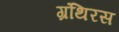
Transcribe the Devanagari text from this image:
ग्रंथिरस